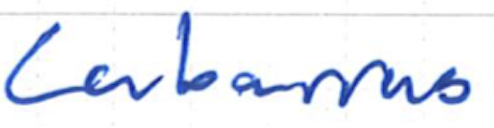
Text: Cabarrus
Cross-out: clean
Writing tool: ballpoint